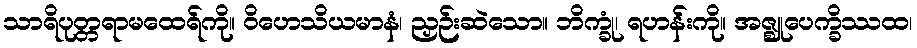
သာရိပုတ္တရာမထေရ်ကို။ ဝိဟေသိယမာနံ၊ ညှဉ်းဆဲသော။ ဘိက္ခုံ၊ ရဟန်းကို။ အဇ္ဈုပေက္ခိဿထ၊